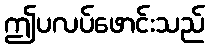
ဤပလပ်ဖောင်းသည်